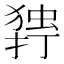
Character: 𰔥